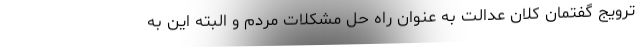
ترویج گفتمان کلان عدالت به عنوان راه حل مشکلات مردم و البته این به